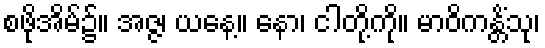
စဖိုအိမ်၌။ အဇ္ဇ၊ ယနေ့။ နော၊ ငါတို့ကို။ မာဝိကန္တိံသု၊